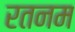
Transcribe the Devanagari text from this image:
रतनम